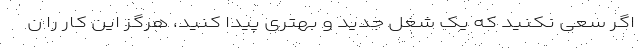
اگر سعی نکنید که یک شغل جدید و بهتری پیدا کنید، هرگز این کار را ن